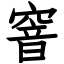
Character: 窨